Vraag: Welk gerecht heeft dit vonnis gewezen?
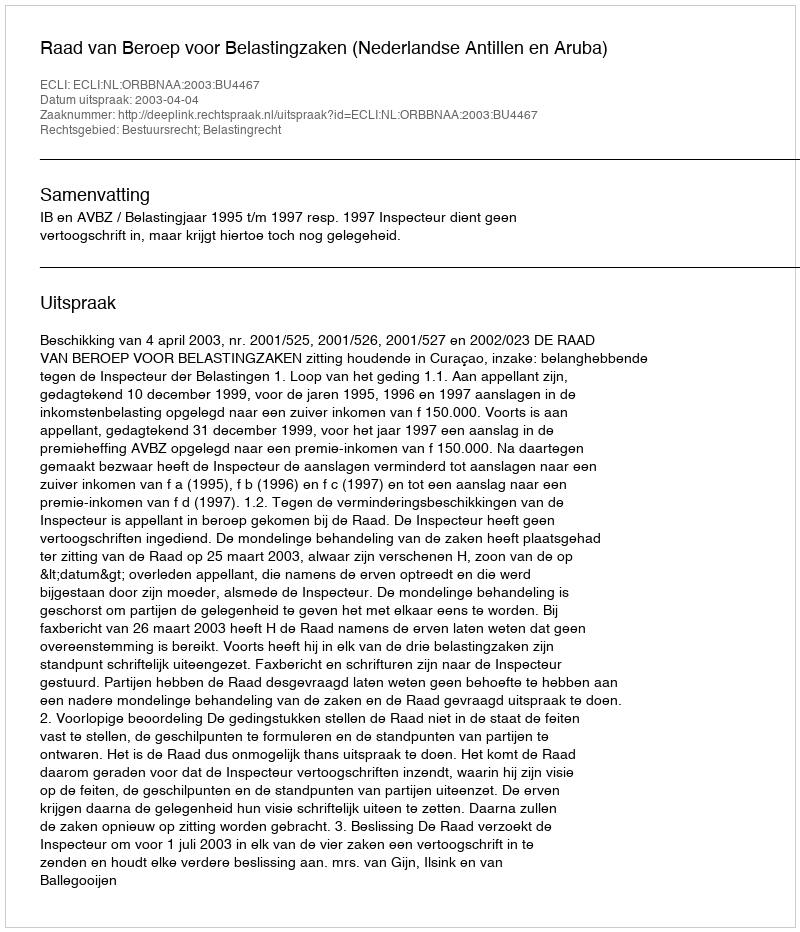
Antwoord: Raad van Beroep voor Belastingzaken (Nederlandse Antillen en Aruba)